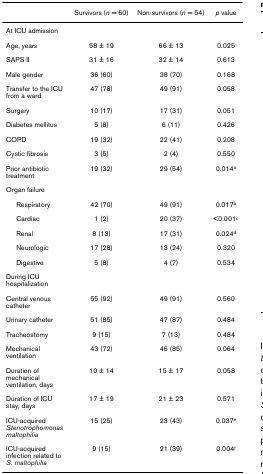
|  | Survivors (n = 60) | Non-survivors (n = 54) | p value |
 | --- | --- | --- | --- |
 | At ICU admission |  |  |  |
 | Age, years | 58 ± 19 | 66 ± 13 | 0.025 |
 | SAPS II | 31 ± 16 | 32 ± 14 | 0.613 |
 | Male gender | 36 (60) | 38 (70) | 0.168 |
 | Transfer to the ICU from a ward | 47 (78) | 49 (91) | 0.058 |
 | Surgery | 10 (17) | 17 (31) | 0.051 |
 | Diabetes mellitus | 5 (8) | 6 (11) | 0.426 |
 | COPD | 19 (32) | 22 (41) | 0.208 |
 | Cystic fibrosis | 3 (5) | 2 (4) | 0.550 |
 | Prior antibiotic treatment | 19 (32) | 29 (54) | 0.014a |
 | Organ failure |  |  |  |
 | Respiratory | 42 (70) | 49 (91) | 0.017b |
 | Cardiac | 1 (2) | 20 (37) | <0.001c |
 | Renal | 8 (13) | 17 (31) | 0.024d |
 | Neurologic | 17 (28) | 13 (24) | 0.320 |
 | Digestive | 5 (8) | 4 (7) | 0.534 |
 | During ICU hospitalization |  |  |  |
 | Central venous catheter | 55 (92) | 49 (91) | 0.560 |
 | Urinary catheter | 51 (85) | 47 (87) | 0.484 |
 | Tracheostomy | 9 (15) | 7 (13) | 0.484 |
 | Mechanical ventilation | 43 (72) | 46 (85) | 0.064 |
 | Duration of mechanical ventilation, days | 10 ± 14 | 15 ± 17 | 0.058 |
 | Duration of ICU stay, days | 17 ± 19 | 21 ± 23 | 0.571 |
 | ICU-acquired Stenotrophomonas maltophilia | 15 (25) | 23 (43) | 0.037e |
 | ICU-acquired infection related to S. maltophilia | 9 (15) | 21 (39) | 0.004f |